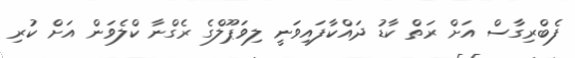
ފެބްރިގާސް އަށް ރަތް ކާޑު ދައްކާފައިވަނީ ލިވަޕޫލްގެ ރެގްނާ ކްލެވަން އަށް ކުރި